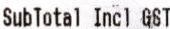
SUBTOTAL INCL GST